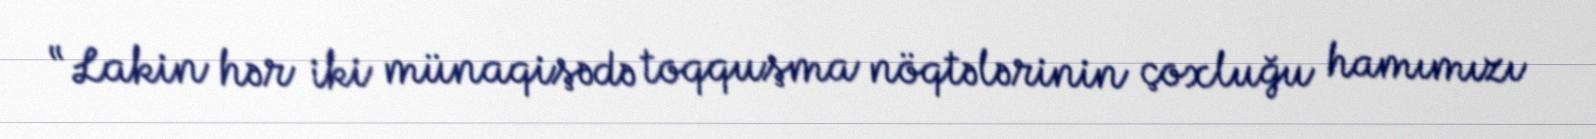
“Lakin hər iki münaqişədə toqquşma nöqtələrinin çoxluğu hamımızı